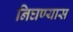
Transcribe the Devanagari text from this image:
निघण्यास